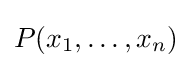
P(x_{1},\dots ,x_{n})